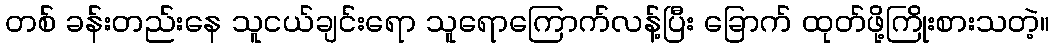
တစ် ခန်းတည်းနေ သူငယ်ချင်းရော သူရောကြောက်လန့်ပြီး ခြောက် ထုတ်ဖို့ကြိုးစားသတဲ့။